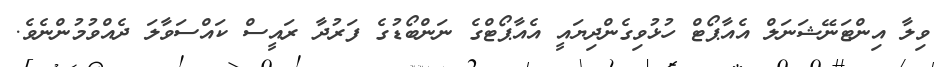
ވިލާ އިންޓަނޭޝަނަލް އެއާޕޯޓް ހުޅުވިގެންދިޔައީ އެއާޕޯޓްގެ ނަންބޯޑުގެ ފަރުދާ ރައީސް ކައްސަވާލަ ދެއްވުމުންނެވެ.